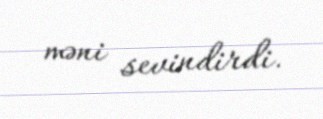
məni sevindirdi.